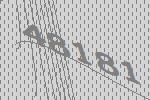
48181